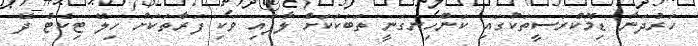
ހަރުދަނާ ޑިމޮކްރަސީތަކުގައި ކަންހިނގަނީ ތަބަކަކަށް ލާފައި ވަކި ފަރާތަކަށް ހިލޭ ޓިކެޓް ދޭ